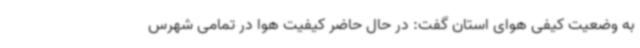
به وضعیت کیفی هوای استان گفت: در حال حاضر کیفیت هوا در تمامی شهرس